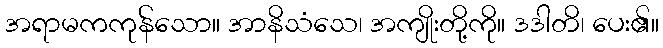
အရာမကကုန်သော။ အာနိသံသေ၊ အကျိုးတို့ကို။ ဒဒါတိ၊ ပေး၏။